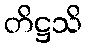
တိဋ္ဌသိ